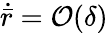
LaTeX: \dot{\bar{r}}=\mathcal{O}(\delta)